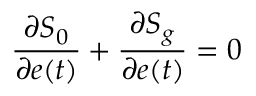
\frac { \partial S _ { 0 } } { \partial e ( t ) } + \frac { \partial S _ { g } } { \partial e ( t ) } = 0